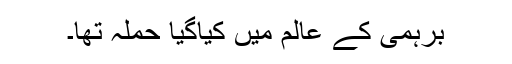
برہمی کے عالم میں کیاگیا حملہ تھا۔